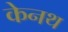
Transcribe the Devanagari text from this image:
केनथ